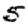
Digit: 5